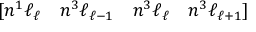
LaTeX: [ n { } ^ { 1 } \ell _ { \ell } \quad n { } ^ { 3 } \ell _ { \ell - 1 } \quad n { } ^ { 3 } \ell _ { \ell } \quad n { } ^ { 3 } \ell _ { \ell + 1 } ]